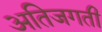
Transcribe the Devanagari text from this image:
अतिजगती